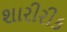
શારીરીક